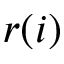
r ( i )